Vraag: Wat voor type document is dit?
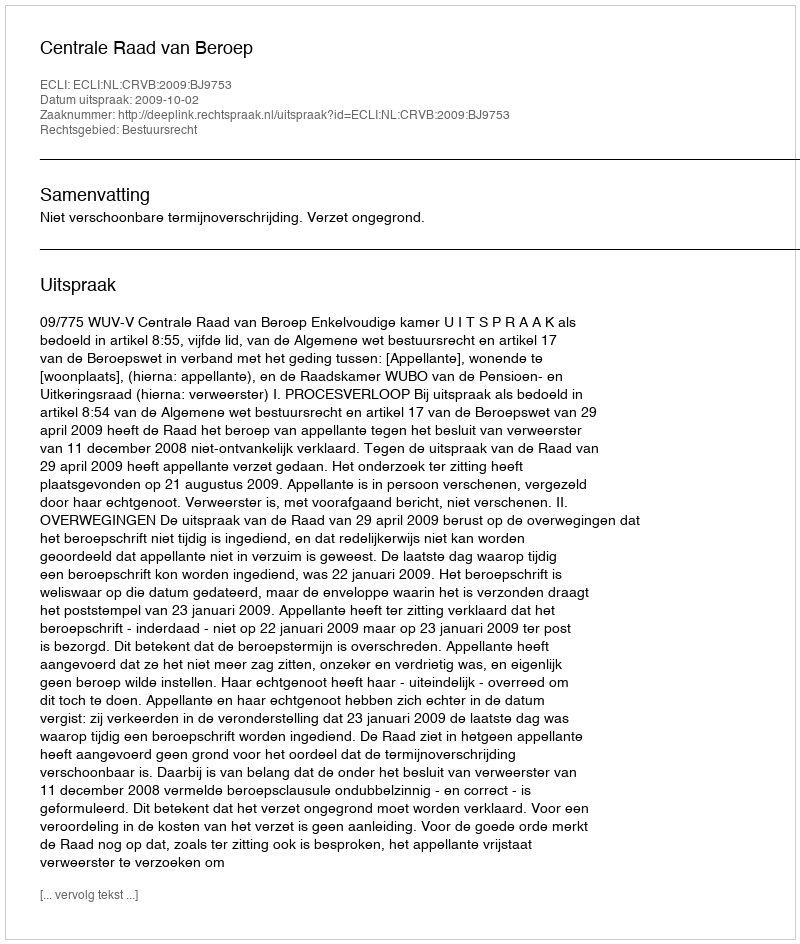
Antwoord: Uitspraak